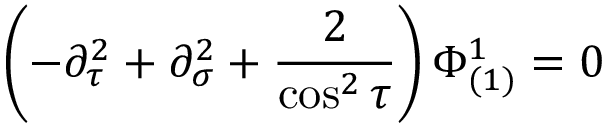
\left( - \partial _ { \tau } ^ { 2 } + \partial _ { \sigma } ^ { 2 } + \frac { 2 } { \cos ^ { 2 } \tau } \right) \Phi _ { ( 1 ) } ^ { 1 } = 0